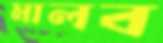
মালব